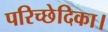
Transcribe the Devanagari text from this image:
परिच्छेदिका।